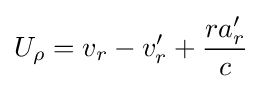
U_{\rho }=v_{r}-v'_{r}+{\frac {ra'_{r}}{c}}